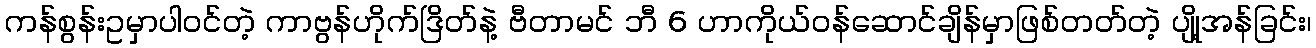
ကန်စွန်းဥမှာပါဝင်တဲ့ ကာဗွန်ဟိုက်ဒြိတ်နဲ့ ဗီတာမင် ဘီ 6 ဟာကိုယ်ဝန်ဆောင်ချိန်မှာဖြစ်တတ်တဲ့ ပျို့အန်ခြင်း၊